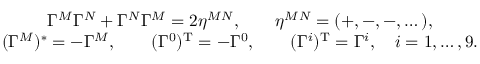
\begin{array} { c } { { \Gamma ^ { M } \Gamma ^ { N } + \Gamma ^ { N } \Gamma ^ { M } = 2 \eta ^ { M N } , \qquad \eta ^ { M N } = ( + , - , - , \dots ) , } } \\ { { ( \Gamma ^ { M } ) ^ { * } = - \Gamma ^ { M } , \qquad ( \Gamma ^ { 0 } ) ^ { \mathrm { T } } = - \Gamma ^ { 0 } , \qquad ( \Gamma ^ { i } ) ^ { \mathrm { T } } = \Gamma ^ { i } , \quad i = 1 , \dots , 9 . } } \end{array}